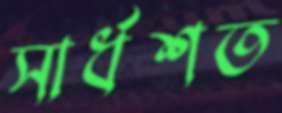
সার্ধশত